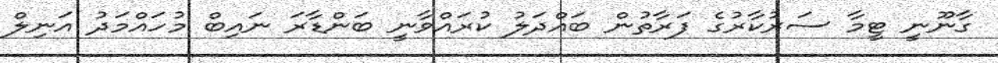
ގާނޫނީ ޓީމާ ސަރުކާރުގެ ފަރާތުން ބައްދަލު ކުރައްވާނީ ބަންޑާރަ ނައިބް މުހައްމަދު އަނިލް